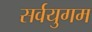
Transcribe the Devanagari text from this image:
सर्वयुगम